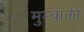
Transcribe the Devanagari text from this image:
मुम्बाकी